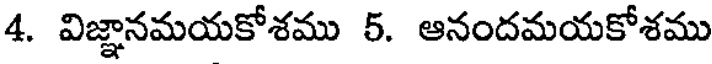
4. విజ్ఞానమయకోశము 5. ఆనందమయకోశము